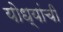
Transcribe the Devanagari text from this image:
योध्यांची